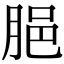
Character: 𦛞